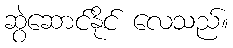
ဆွဲဆောင်နိုင် လေသည်။